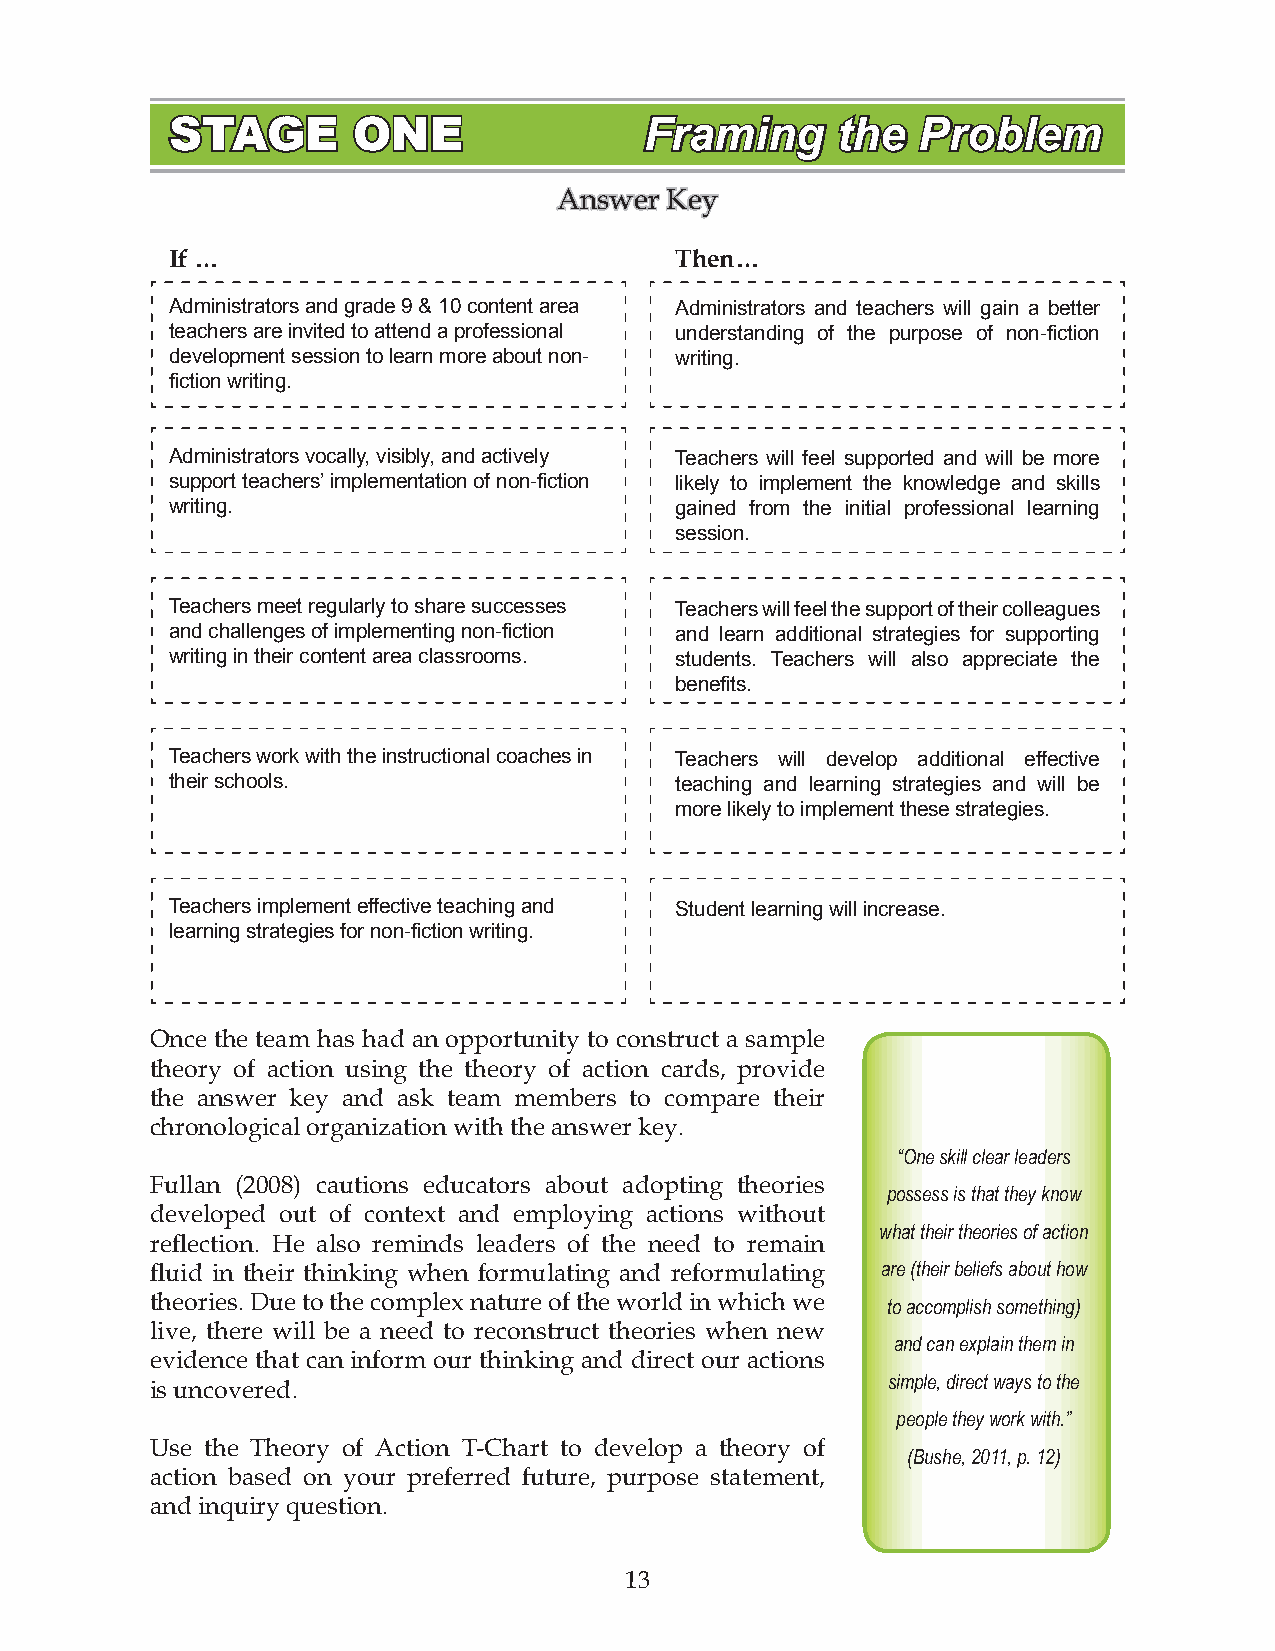
STAGE       ONE                 Framing     the   Problem
 Answer Key
 If …                              Then…
 Administrators and grade 9 & 10 content area Administrators and teachers will gain a better
 teachers are invited to attend a professional understanding of the purpose of non-fiction
 development session to learn more about non- writing.
 fiction writing.
 Administrators vocally, visibly, and actively Teachers will feel supported and will be more
 support teachers’ implementation of non-fiction likely to implement the knowledge and skills
 writing.                          gained from the initial professional learning
 session.
 Teachers meet regularly to share successes Teachers will feel the support of their colleagues
 and challenges of implementing non-fiction and learn additional strategies for supporting
 writing in their content area classrooms. students. Teachers will also appreciate the
 benefits.
 Teachers work with the instructional coaches in Teachers will develop additional effective
 their schools.                    teaching and learning strategies and will be
 more likely to implement these strategies.
 Teachers implement effective teaching and Student learning will increase.
 learning strategies for non-fiction writing.
 Once the team has had an opportunity to construct a sample
 theory of action using the theory of action cards, provide
 the answer key and ask team members to compare their
 chronological organization with the answer key.
 “One skill clear leaders
 Fullan (2008) cautions educators about adopting theories
 possess is that they know
 developed out of context and employing actions without
 what their theories of action
 reflection. He also reminds leaders of the need to remain
 fluid in their thinking when formulating and reformulating are (their beliefs about how
 theories. Due to the complex nature of the world in which we
 to accomplish something)
 live, there will be a need to reconstruct theories when new
 and can explain them in
 evidence that can inform our thinking and direct our actions
 is uncovered.                                    simple, direct ways to the
 people they work with.”
 Use the Theory of Action T-Chart to develop a theory of
 (Bushe, 2011, p. 12)
 action based on your preferred future, purpose statement,
 and inquiry question.
 